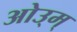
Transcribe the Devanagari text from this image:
ओउ्म्